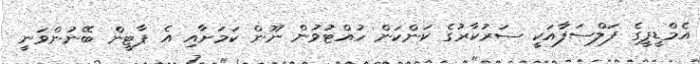
އެމްޑީޕީގެ ފަލްސަފާއަކީ ސަރުކާރުގެ ކަންކަން ހުއްޓުވުން ނޫން ކަމަށާއި އެ ޕާޓީން ބޭނުންވަނީ